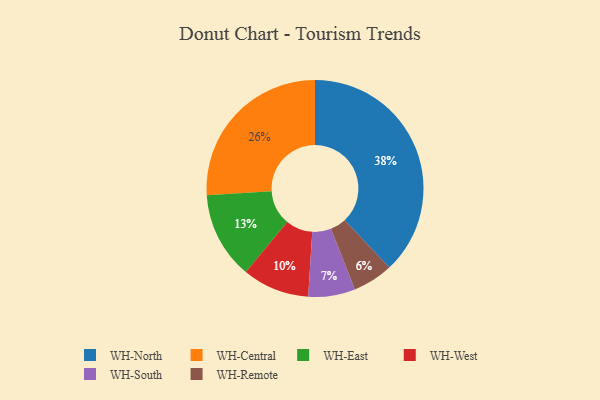
{"axis": {"x": "Category", "y": "Percentage"}, "legend": ["WH-Central", "WH-East", "WH-North", "WH-Remote", "WH-South", "WH-West"], "data": [{"x": "WH-Central", "y": 26, "type": "WH-Central"}, {"x": "WH-East", "y": 13, "type": "WH-East"}, {"x": "WH-North", "y": 38, "type": "WH-North"}, {"x": "WH-South", "y": 7, "type": "WH-South"}, {"x": "WH-Remote", "y": 6, "type": "WH-Remote"}, {"x": "WH-West", "y": 10, "type": "WH-West"}]}